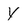
Character: y